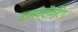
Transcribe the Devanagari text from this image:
कन्फ्रॉन्टिंग